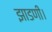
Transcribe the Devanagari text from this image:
झाडणी।